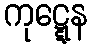
ကုဋ္ဋေန